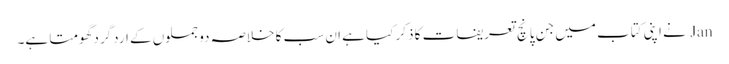
Jan نے اپنی کتاب میں جن پانچ تعریفات کا ذکر کیا ہے ان سب کا خلاصہ دو جملوں کے اردگرد گھومتا ہے۔